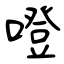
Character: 噔